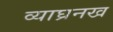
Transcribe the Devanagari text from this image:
व्याघ्रनख